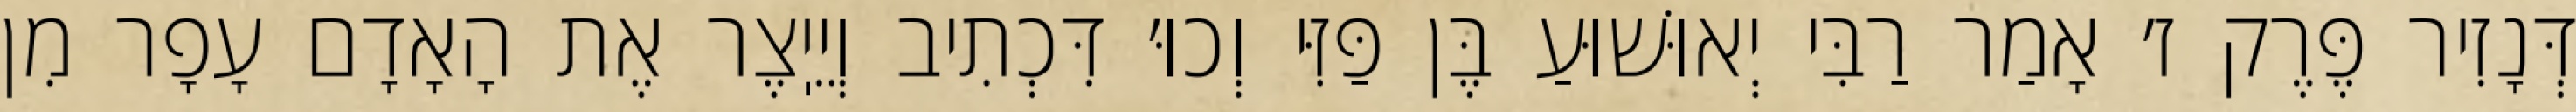
דְּנָזִיר פֶּרֶק ז׳ אָמַר רַבִּי יְאוּשׁוּעַ בֶּן פַּזִּי וְכוּ׳ דִּכְתִיב וְיֵיֽצֶר אֶת הָאָדָם עָפָר מִן